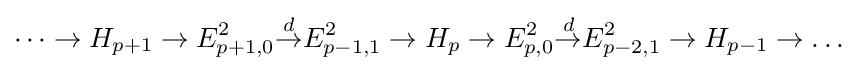
\cdots \to H_{p+1}\to E_{p+1,0}^{2}{\overset {d}{\to }}E_{p-1,1}^{2}\to H_{p}\to E_{p,0}^{2}{\overset {d}{\to }}E_{p-2,1}^{2}\to H_{p-1}\to \dots